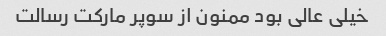
خیلی عالی بود ممنون از سوپر مارکت رسالت